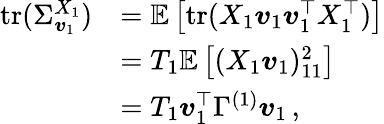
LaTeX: \begin{array}{rl}{\mathrm{tr}(\Sigma_{\boldsymbol{v}_{1}}^{X_{1}})}&{=\mathbb E\left[\mathrm{tr}(X_{1}\boldsymbol{v}_{1}\boldsymbol{v}_{1}^{\top}X_{1}^{\top})\right]}\\ &{=T_{1}\mathbb E\left[(X_{1}\boldsymbol{v}_{1})_{11}^{2}\right]}\\ &{=T_{1}\boldsymbol{v}_{1}^{\top}\Gamma^{(1)}\boldsymbol{v}_{1}\, ,}\end{array}